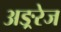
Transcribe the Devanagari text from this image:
अङ्ररेज